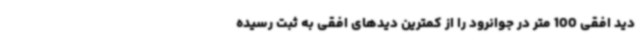
دید افقی 100 متر در جوانرود را از کمترین دیدهای افقی به ثبت رسیده